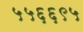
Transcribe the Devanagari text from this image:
५५६६९५